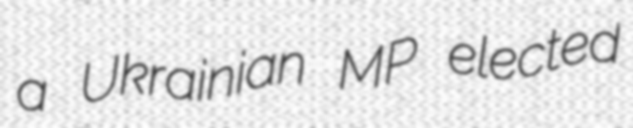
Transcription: a Ukrainian MP elected